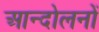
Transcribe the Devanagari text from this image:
आन्‍दोलनों